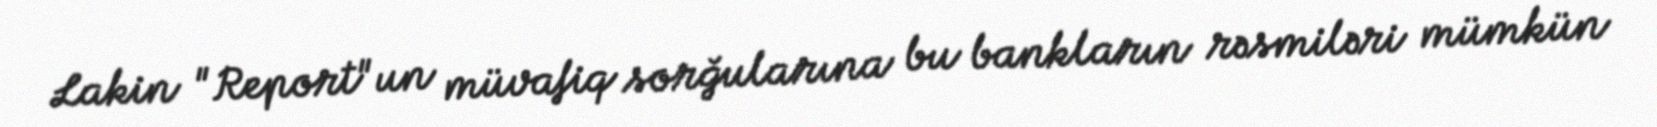
Lakin "Report"un müvafiq sorğularına bu bankların rəsmiləri mümkün